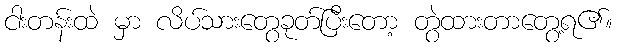
ငါးတန်းထဲ မှာ လိပ်သားတွေခုတ်ပြီးတော့ တွဲထားတာတွေ့ရ၏။